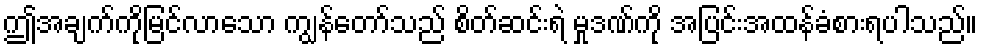
ဤအချက်ကိုမြင်လာသော ကျွန်တော်သည် စိတ်ဆင်းရဲ မှုဒဏ်ကို အပြင်းအထန်ခံစားရပါသည်။